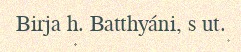
Birja h. Batthyáni, s ut.